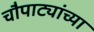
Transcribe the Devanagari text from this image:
चौपाट्यांच्या